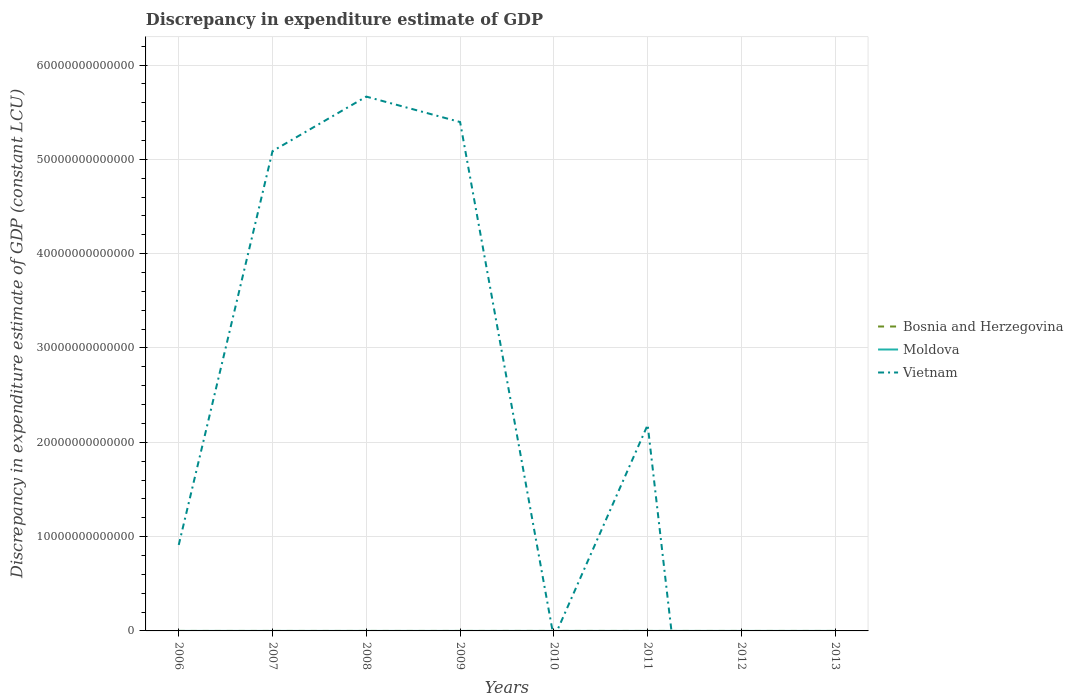
| Years | Bosnia and Herzegovina | Moldova | Vietnam |
 | --- | --- | --- | --- |
 | 2006 | -8.54e+08 | 7.14e+05 | 9.12e+12 |
 | 2007 | -1.72e+09 | 8.3e+05 | 5.09e+13 |
 | 2008 | -1.32e+09 | -3.16e+05 | 5.67e+13 |
 | 2009 | -1e+09 | 1.95e+05 | 5.4e+13 |
 | 2010 | -7.55e+08 | 1.93e+05 | -7.7e+11 |
 | 2011 | -1.02e+09 | 1.79e+08 | 2.18e+13 |
 | 2012 | -1.27e+09 | -7.58e+07 | -6.43e+13 |
 | 2013 | -1.13e+09 | -7.58e+07 | -7.06e+13 |